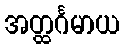
အတ္ထင်္ဂမာယ